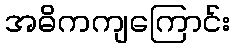
အဓိကကျကြောင်း